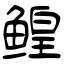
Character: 鳇